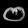
Digit: ၀